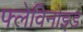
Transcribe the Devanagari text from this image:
फ्लेविनोइड